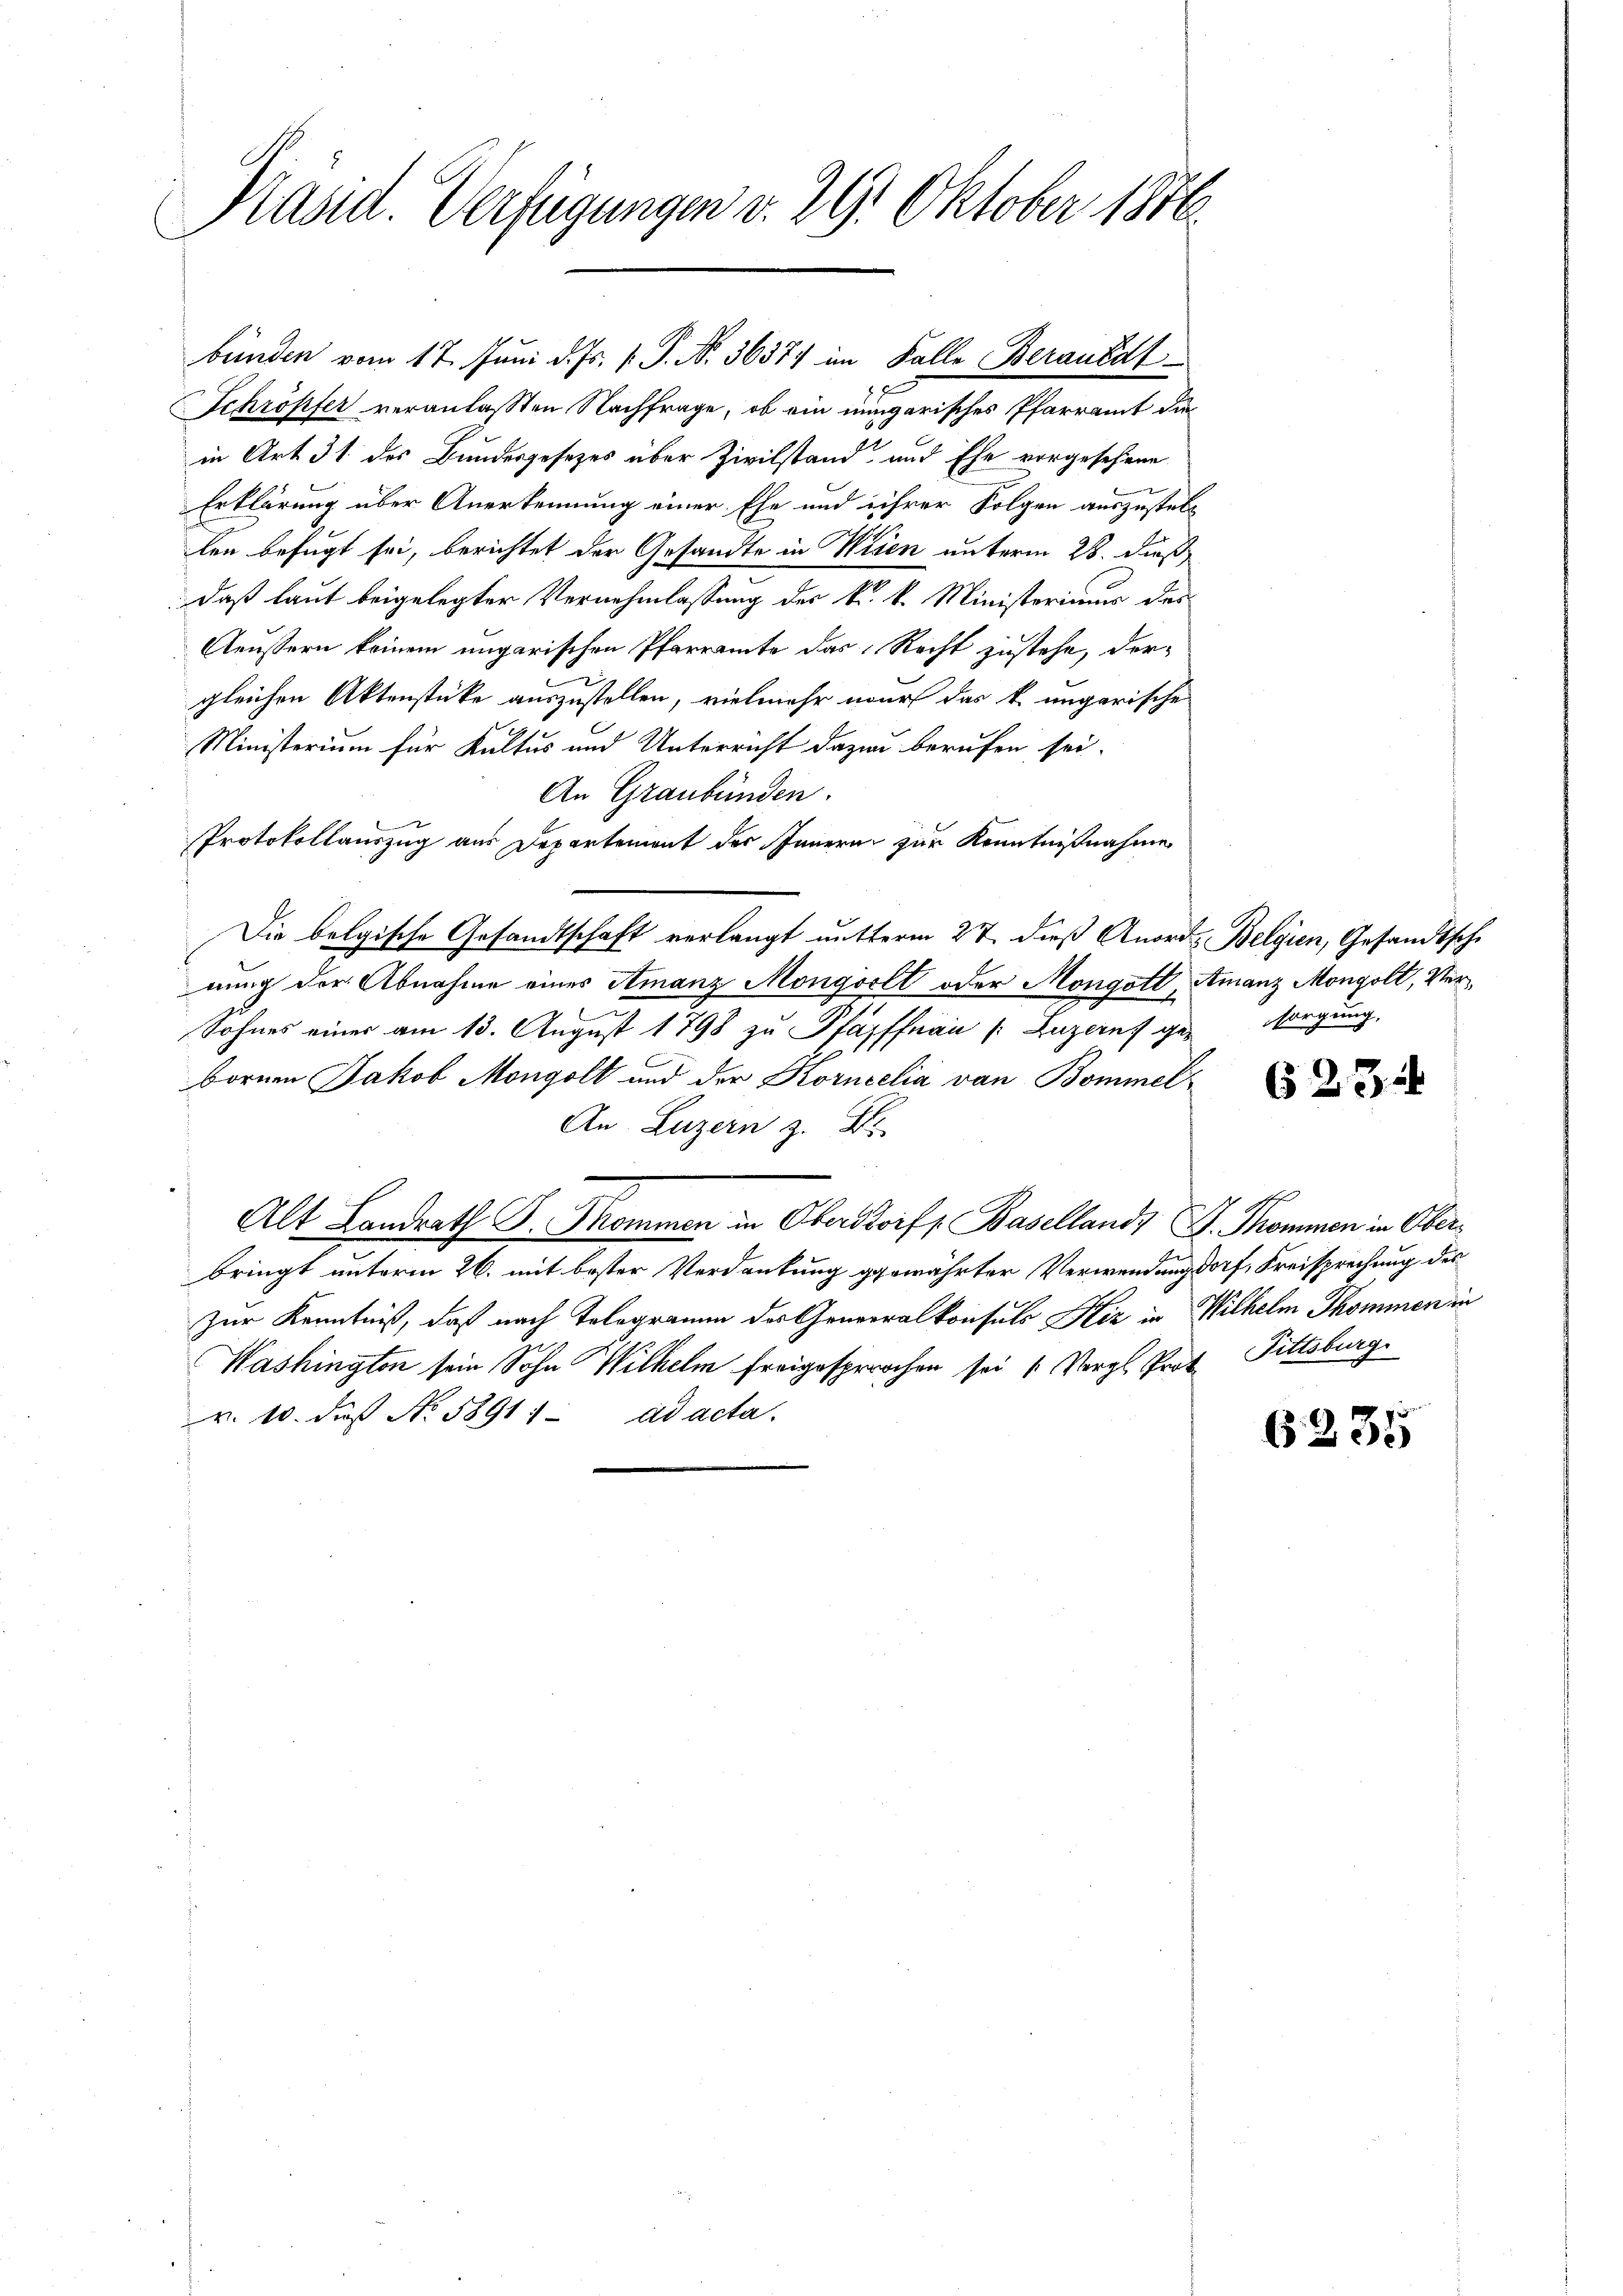
Präsid. Verfügungen v. 29. Oktober 1846.

in Art. 31 des Bundesgesetzes über Zivilstand und Ehe vorgesehene
Erklärung über Anerkennung einer Ehe und ihrer Folgen auszustell
len befugt sei, berichtet der Gesandte in Wesen unterm 28. dieß
daß laut beigelegter Vernehmlassung des k. k. Ministerimus das
Aeussern keinem ungarischen Pfarramte das Recht zustehe, dergleichen Aktenstücke auszustellen, vielmehr nur das k. ungarische
Ministerium für Kultus und Unterricht dazu berufen sei.
An Graubünden.
Protokollauszug aus Departement des Innern zur Kenntnißnahme
Die belgische Gesandtschaft verlangt nutterm 27. dieß Anords Belgien, Gesandtsche
nung der Abnahme eines Amanz Mongoclt oder Mongott, Amanz Mongolt, Ver¬
Sohnes einer am 13. August 1798 zu Pfäfffnau (Luzern ge-
bornen Jakob Mongolt und der Korneelia von Bommel
An Luzern z. B.
Alt Landrath D. Prommen in Oberstorf, Basellands A. Thommen in Oberbringt unterm 26. mit bester Verdankung gewährter Verwendungdorf, Freisprechung des
Zur Kenntniß, daß nach Tologramm des Generalkonsuls Hiz in Wilhelm Thommen in
Washingten sein Sohn Wilhelm freigesprochen sei 1 Vergl. Prof. Pittsburg
r. 10. daß No. 58911 ad acta.

bünden vom 17. Juni d. Js. v. P. Nr. 36374 im Falle Berausal
Schröpfer veranlassen Nachfrage, ob ein mingarisches Pfarramt die

sorgung,

623

6235